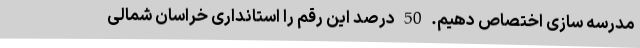
مدرسه سازی اختصاص دهیم. 50 درصد این رقم را استانداری خراسان شمالی